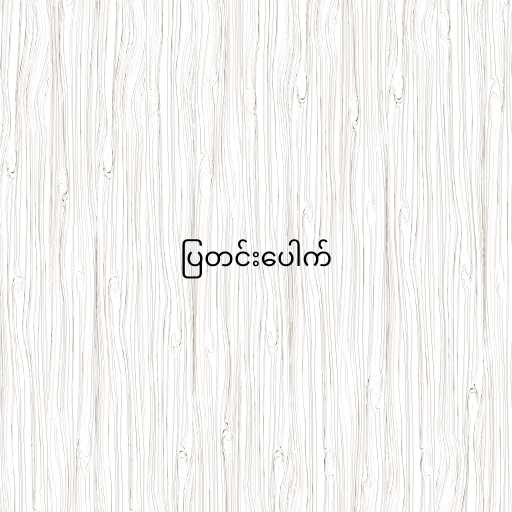
ပြတင်းပေါက်